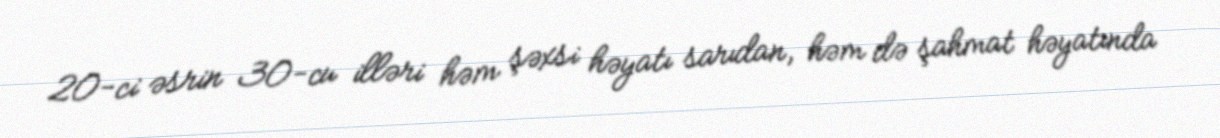
20-ci əsrin 30-cu illəri həm şəxsi həyatı sarıdan, həm də şahmat həyatında